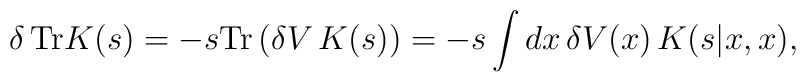
\delta \,{\rm Tr}K(s)=-s{\rm Tr}\,    \big(\delta V\,K(s)\big)    =-s\int dx\,\delta V(x)\,K(s|x,x),